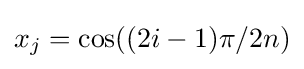
x_{j}=\cos((2i-1)\pi /2n)